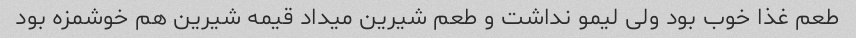
طعم غذا خوب بود ولی لیمو نداشت و طعم شیرین میداد قیمه شیرین هم خوشمزه بود